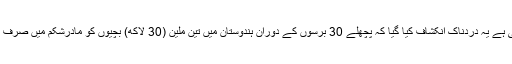
2011 ء کی ایک اسٹڈی میں جو برطانوی طبی جریدہ لانیسٹ میں شائع ہوئی ہے یہ دردناک انکشاف کیا گیا کہ پچھلے 30 برسوں کے دوران ہندوستان میں تین ملین (30 لاکھ) بچیوں کو مادرشکم میں صرف اسی لئے قتل کیا گیا کیونکہ ہندو لڑکیوں کی پیدائش کو منحوس گردانتے ہیں۔